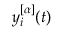
y _ { i } ^ { [ \alpha ] } ( t )